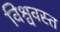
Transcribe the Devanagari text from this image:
विश्ववस्त